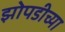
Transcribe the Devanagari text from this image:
झोपडीच्या